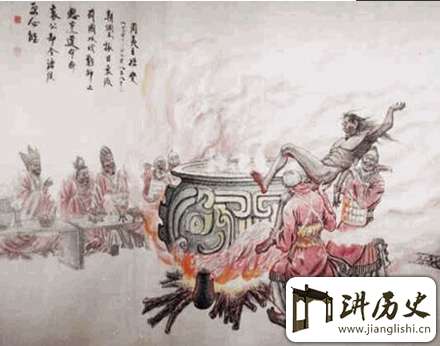
犯刑若履虎，不畏落爪牙。